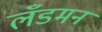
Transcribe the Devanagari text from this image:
लँडमन